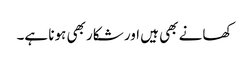
کھانے بھی ہیں اور شکار بھی ہونا ہے۔